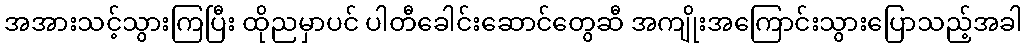
အအားသင့်သွားကြပြီး ထိုညမှာပင် ပါတီခေါင်းဆောင်တွေဆီ အကျိုးအကြောင်းသွားပြောသည့်အခါ